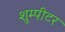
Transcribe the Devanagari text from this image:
शुम्पीटर